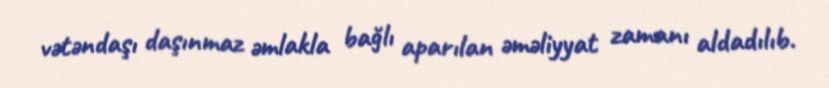
vətəndaşı daşınmaz əmlakla bağlı aparılan əməliyyat zamanı aldadılıb.